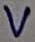
Text: V